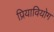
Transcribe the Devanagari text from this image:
प्रियावियोग